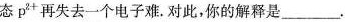
态p^{2+}再失去一个电子难。对此，你的解释是___。